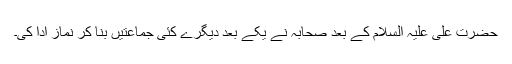
حضرت علی علیہ السلام کے بعد صحابہ نے یکے بعد دیگرے کئی جماعتیں بنا کر نماز ادا کی۔